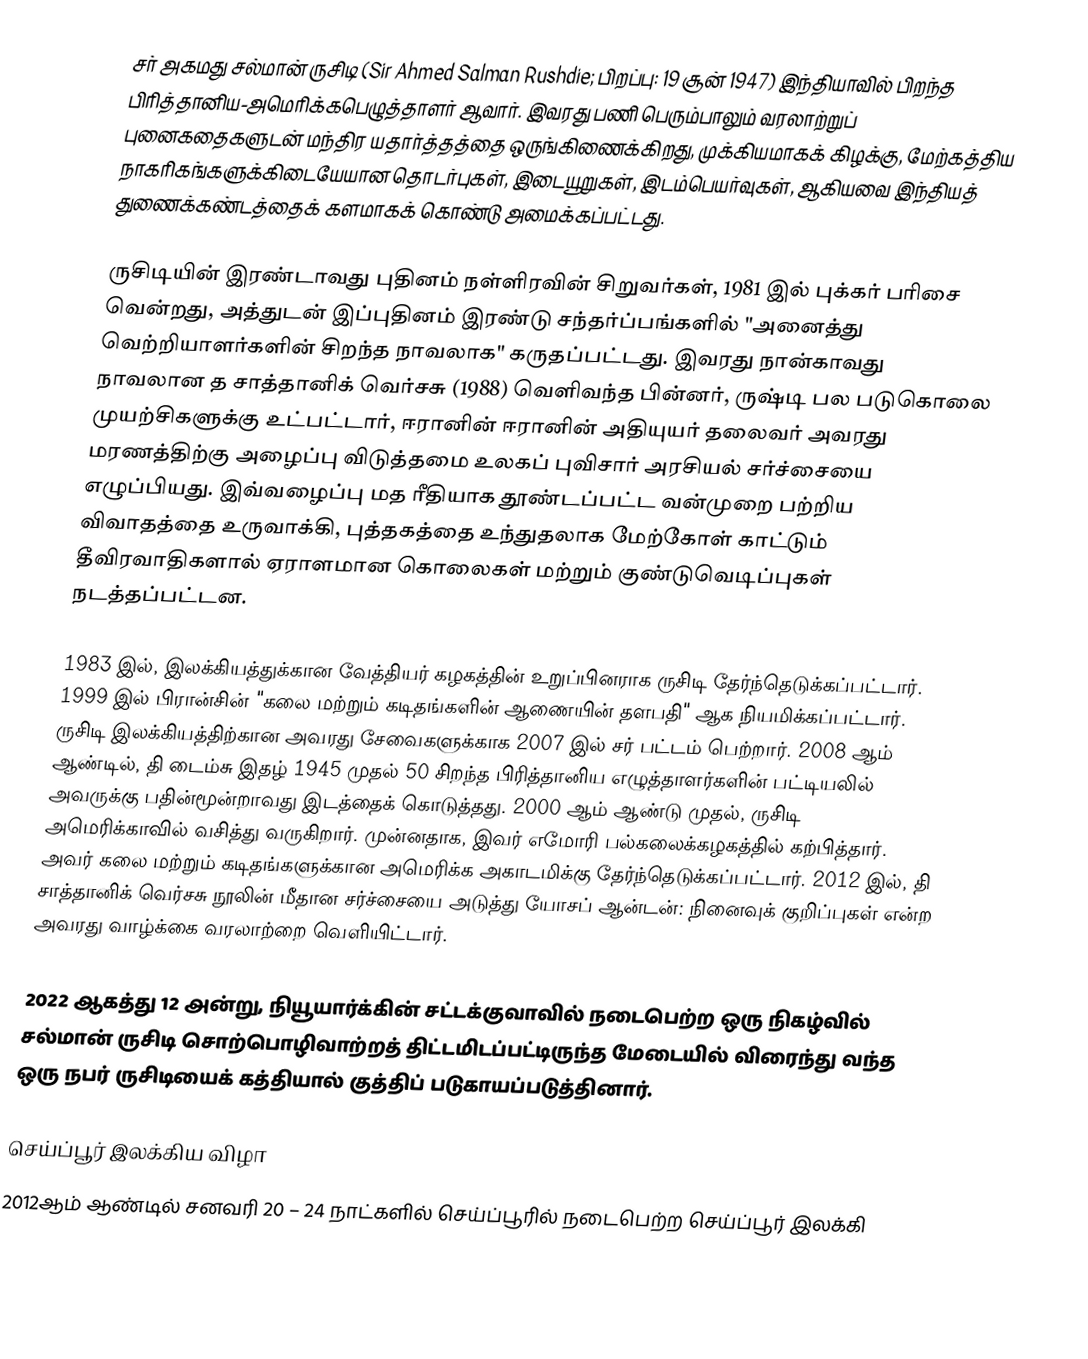
சர் அகமது சல்மான் ருசிடி (Sir Ahmed Salman Rushdie; பிறப்பு: 19 சூன் 1947) இந்தியாவில் பிறந்த பிரித்தானிய-அமெரிக்கபெழுத்தாளர் ஆவார். இவரது பணி பெரும்பாலும் வரலாற்றுப் புனைகதைகளுடன் மந்திர யதார்த்தத்தை ஒருங்கிணைக்கிறது, முக்கியமாகக் கிழக்கு, மேற்கத்திய நாகரிகங்களுக்கிடையேயான தொடர்புகள், இடையூறுகள், இடம்பெயர்வுகள், ஆகியவை இந்தியத் துணைக்கண்டத்தைக் களமாகக் கொண்டு அமைக்கப்பட்டது.

ருசிடியின் இரண்டாவது புதினம் நள்ளிரவின் சிறுவர்கள், 1981 இல் புக்கர் பரிசை வென்றது, அத்துடன் இப்புதினம் இரண்டு சந்தர்ப்பங்களில் "அனைத்து வெற்றியாளர்களின் சிறந்த நாவலாக" கருதப்பட்டது. இவரது நான்காவது நாவலான த சாத்தானிக் வெர்சசு (1988) வெளிவந்த பின்னர், ருஷ்டி பல படுகொலை முயற்சிகளுக்கு உட்பட்டார், ஈரானின் ஈரானின் அதியுயர் தலைவர் அவரது மரணத்திற்கு அழைப்பு விடுத்தமை உலகப் புவிசார் அரசியல் சர்ச்சையை எழுப்பியது. இவ்வழைப்பு மத ரீதியாக தூண்டப்பட்ட வன்முறை பற்றிய விவாதத்தை உருவாக்கி, புத்தகத்தை உந்துதலாக மேற்கோள் காட்டும் தீவிரவாதிகளால் ஏராளமான கொலைகள் மற்றும் குண்டுவெடிப்புகள் நடத்தப்பட்டன.

1983 இல், இலக்கியத்துக்கான வேத்தியர் கழகத்தின் உறுப்பினராக ருசிடி தேர்ந்தெடுக்கப்பட்டார். 1999 இல் பிரான்சின் "கலை மற்றும் கடிதங்களின் ஆணையின் தளபதி" ஆக நியமிக்கப்பட்டார். ருசிடி இலக்கியத்திற்கான அவரது சேவைகளுக்காக 2007 இல் சர் பட்டம் பெற்றார். 2008 ஆம் ஆண்டில், தி டைம்சு இதழ் 1945 முதல் 50 சிறந்த பிரித்தானிய எழுத்தாளர்களின் பட்டியலில் அவருக்கு பதின்மூன்றாவது இடத்தைக் கொடுத்தது. 2000 ஆம் ஆண்டு முதல், ருசிடி அமெரிக்காவில் வசித்து வருகிறார். முன்னதாக, இவர் எமோரி பல்கலைக்கழகத்தில் கற்பித்தார். அவர் கலை மற்றும் கடிதங்களுக்கான அமெரிக்க அகாடமிக்கு தேர்ந்தெடுக்கப்பட்டார். 2012 இல், தி சாத்தானிக் வெர்சசு நூலின் மீதான சர்ச்சையை அடுத்து யோசப் ஆன்டன்: நினைவுக் குறிப்புகள் என்ற அவரது வாழ்க்கை வரலாற்றை வெளியிட்டார்.

2022 ஆகத்து 12 அன்று, நியூயார்க்கின் சட்டக்குவாவில் நடைபெற்ற ஒரு நிகழ்வில் சல்மான் ருசிடி சொற்பொழிவாற்றத் திட்டமிடப்பட்டிருந்த மேடையில் விரைந்து வந்த ஒரு நபர் ருசிடியைக் கத்தியால் குத்திப் படுகாயப்படுத்தினார்.

செய்ப்பூர் இலக்கிய விழா
2012ஆம் ஆண்டில் சனவரி 20 – 24 நாட்களில் செய்ப்பூரில் நடைபெற்ற செய்ப்பூர் இலக்கி